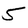
Character: 5